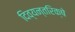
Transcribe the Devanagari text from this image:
दिव्यन्तरिक्षे